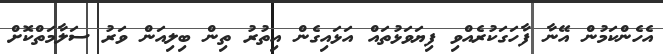
އެހެންކަމުން އޭނާ ފާހަގަކުރެއްވި ފިޔަވަޅުތައް އަޅައިގެން އިތުރު ތިން ބިލިއަން ވަރު ސަލާމަތްކޮށް